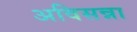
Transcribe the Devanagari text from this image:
अविसन्ना